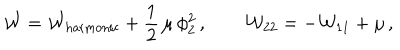
LaTeX: { \cal W } = { \cal W } _ { \mathrm { h a r m o n i c } } + \frac { 1 } { 2 } \, \mu \, \phi _ { 2 } ^ { 2 } \, , \qquad { \cal W } _ { 2 2 } = - { \cal W } _ { 1 1 } + \mu \, ,